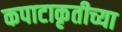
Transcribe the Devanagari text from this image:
कपाटाकृतीच्या